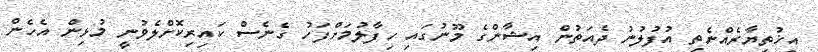
އިޚުތިޔާރެއްނެތި އުފުލުނު ދެއަތުން އިޝާންގެ މޫނުގައި ހިފާލުމަށްފަހު ގެނެސް ކައިރިކޮށްލެވުނީ މުޅިން އެހެން